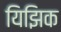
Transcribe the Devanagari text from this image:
यिझिक